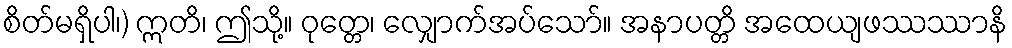
စိတ်မရှိပါ၊) ဣတိ၊ ဤသို့။ ဝုတ္တေ၊ လျှောက်အပ်သော်။ အနာပတ္တိ အထေယျဖဿဿာနိ